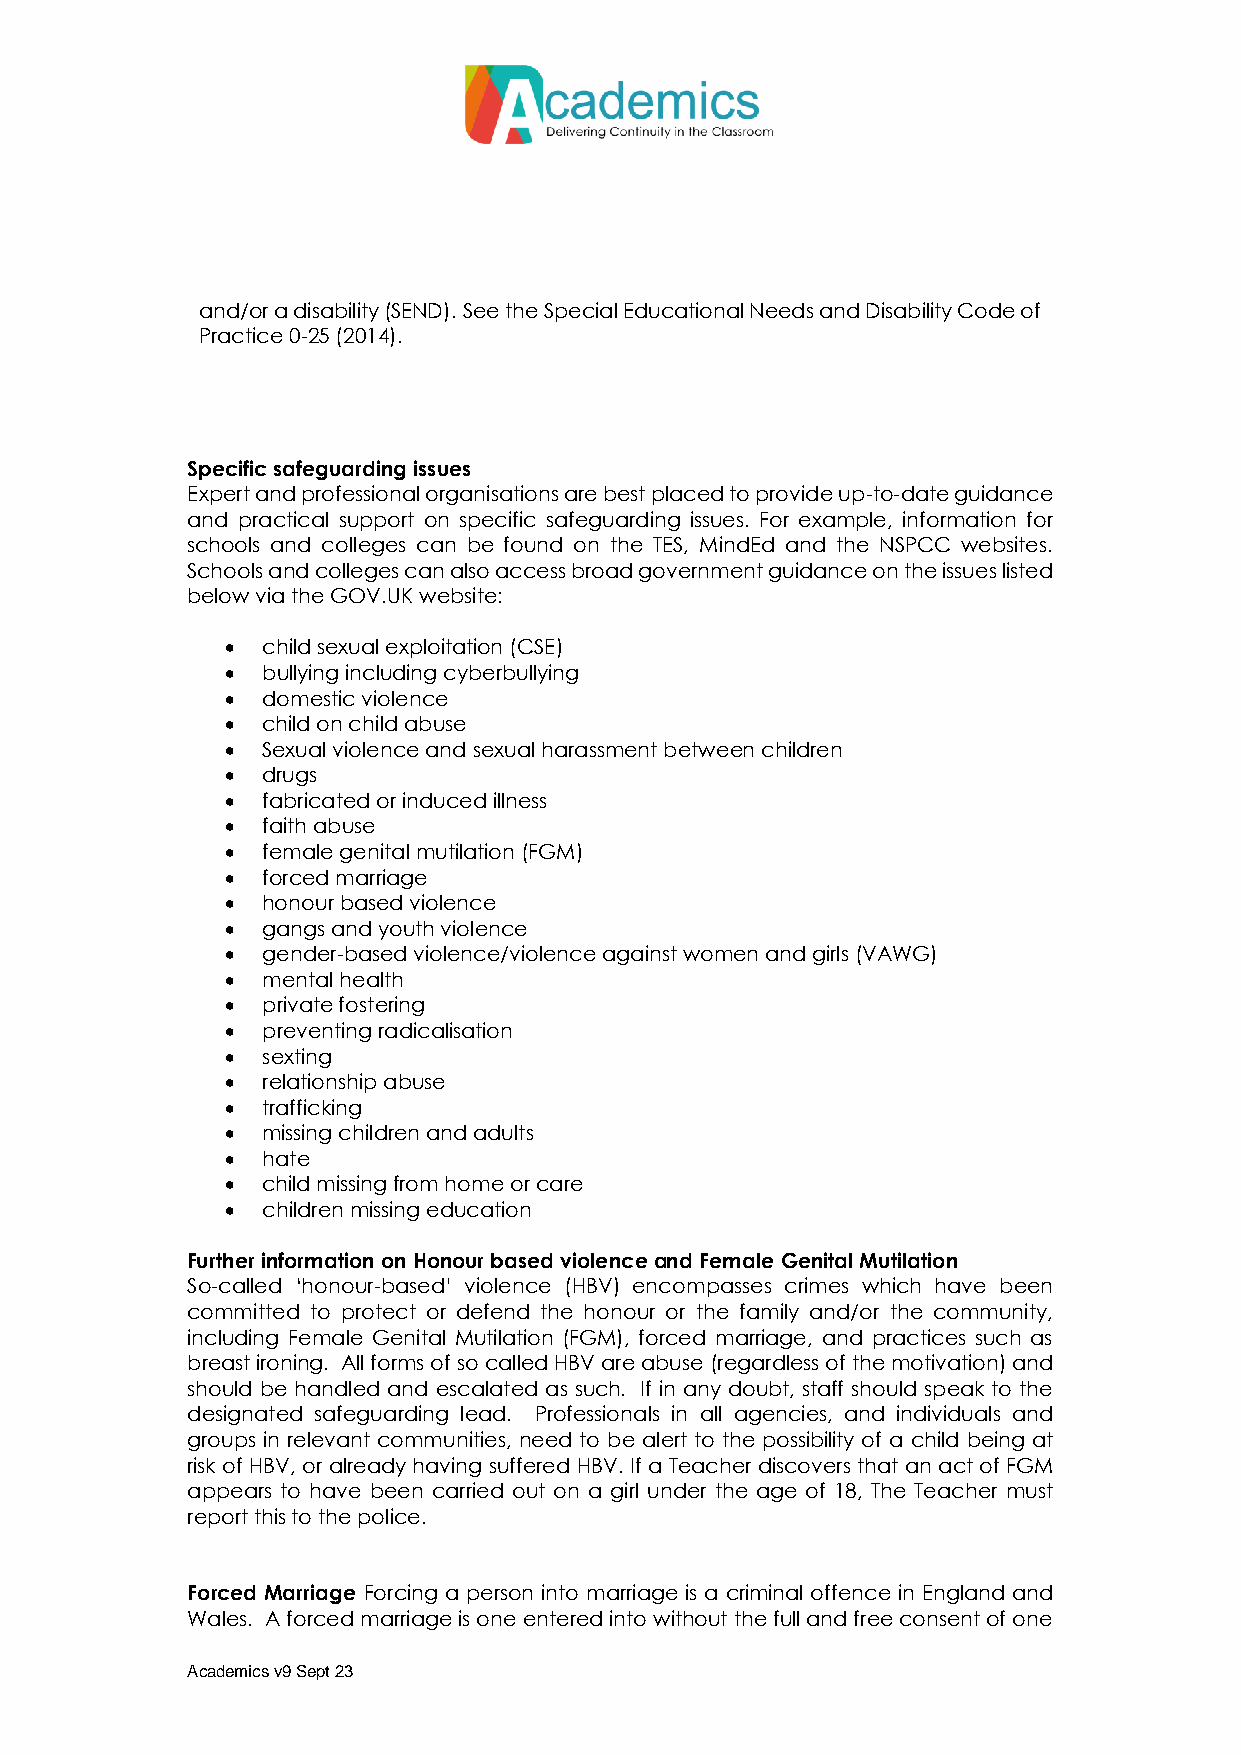
and/or a disability (SEND). See the Special Educational Needs and Disability Code of
 Practice 0-25 (2014).
 Specific safeguarding issues
 Expert and professional organisations are best placed to provide up-to-date guidance
 and practical support on specific safeguarding issues. For example, information for
 schools and colleges can be found on the TES, MindEd and the NSPCC websites.
 Schools and colleges can also access broad government guidance on the issues listed
 below via the GOV.UK website:
  child sexual exploitation (CSE)
  bullying including cyberbullying
  domestic violence
  child on child abuse
  Sexual violence and sexual harassment between children
  drugs
  fabricated or induced illness
  faith abuse
  female genital mutilation (FGM)
  forced marriage
  honour based violence
  gangs and youth violence
  gender-based violence/violence against women and girls (VAWG)
  mental health
  private fostering
  preventing radicalisation
  sexting
  relationship abuse
  trafficking
  missing children and adults
  hate
  child missing from home or care
  children missing education
 Further information on Honour based violence and Female Genital Mutilation
 So-called ‘honour-based’ violence (HBV) encompasses crimes which have been
 committed to protect or defend the honour or the family and/or the community,
 including Female Genital Mutilation (FGM), forced marriage, and practices such as
 breast ironing. All forms of so called HBV are abuse (regardless of the motivation) and
 should be handled and escalated as such. If in any doubt, staff should speak to the
 designated safeguarding lead. Professionals in all agencies, and individuals and
 groups in relevant communities, need to be alert to the possibility of a child being at
 risk of HBV, or already having suffered HBV. If a Teacher discovers that an act of FGM
 appears to have been carried out on a girl under the age of 18, The Teacher must
 report this to the police.
 Forced Marriage Forcing a person into marriage is a criminal offence in England and
 Wales. A forced marriage is one entered into without the full and free consent of one
 Academics v9 Sept 23